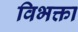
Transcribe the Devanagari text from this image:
विभक्ता